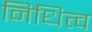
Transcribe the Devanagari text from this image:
निधित्व